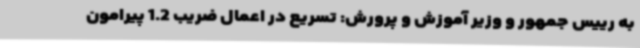
به رییس جمهور و وزیر آموزش و پرورش: تسریع در اعمال ضریب 1.2 پیرامون